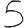
Digit: 5